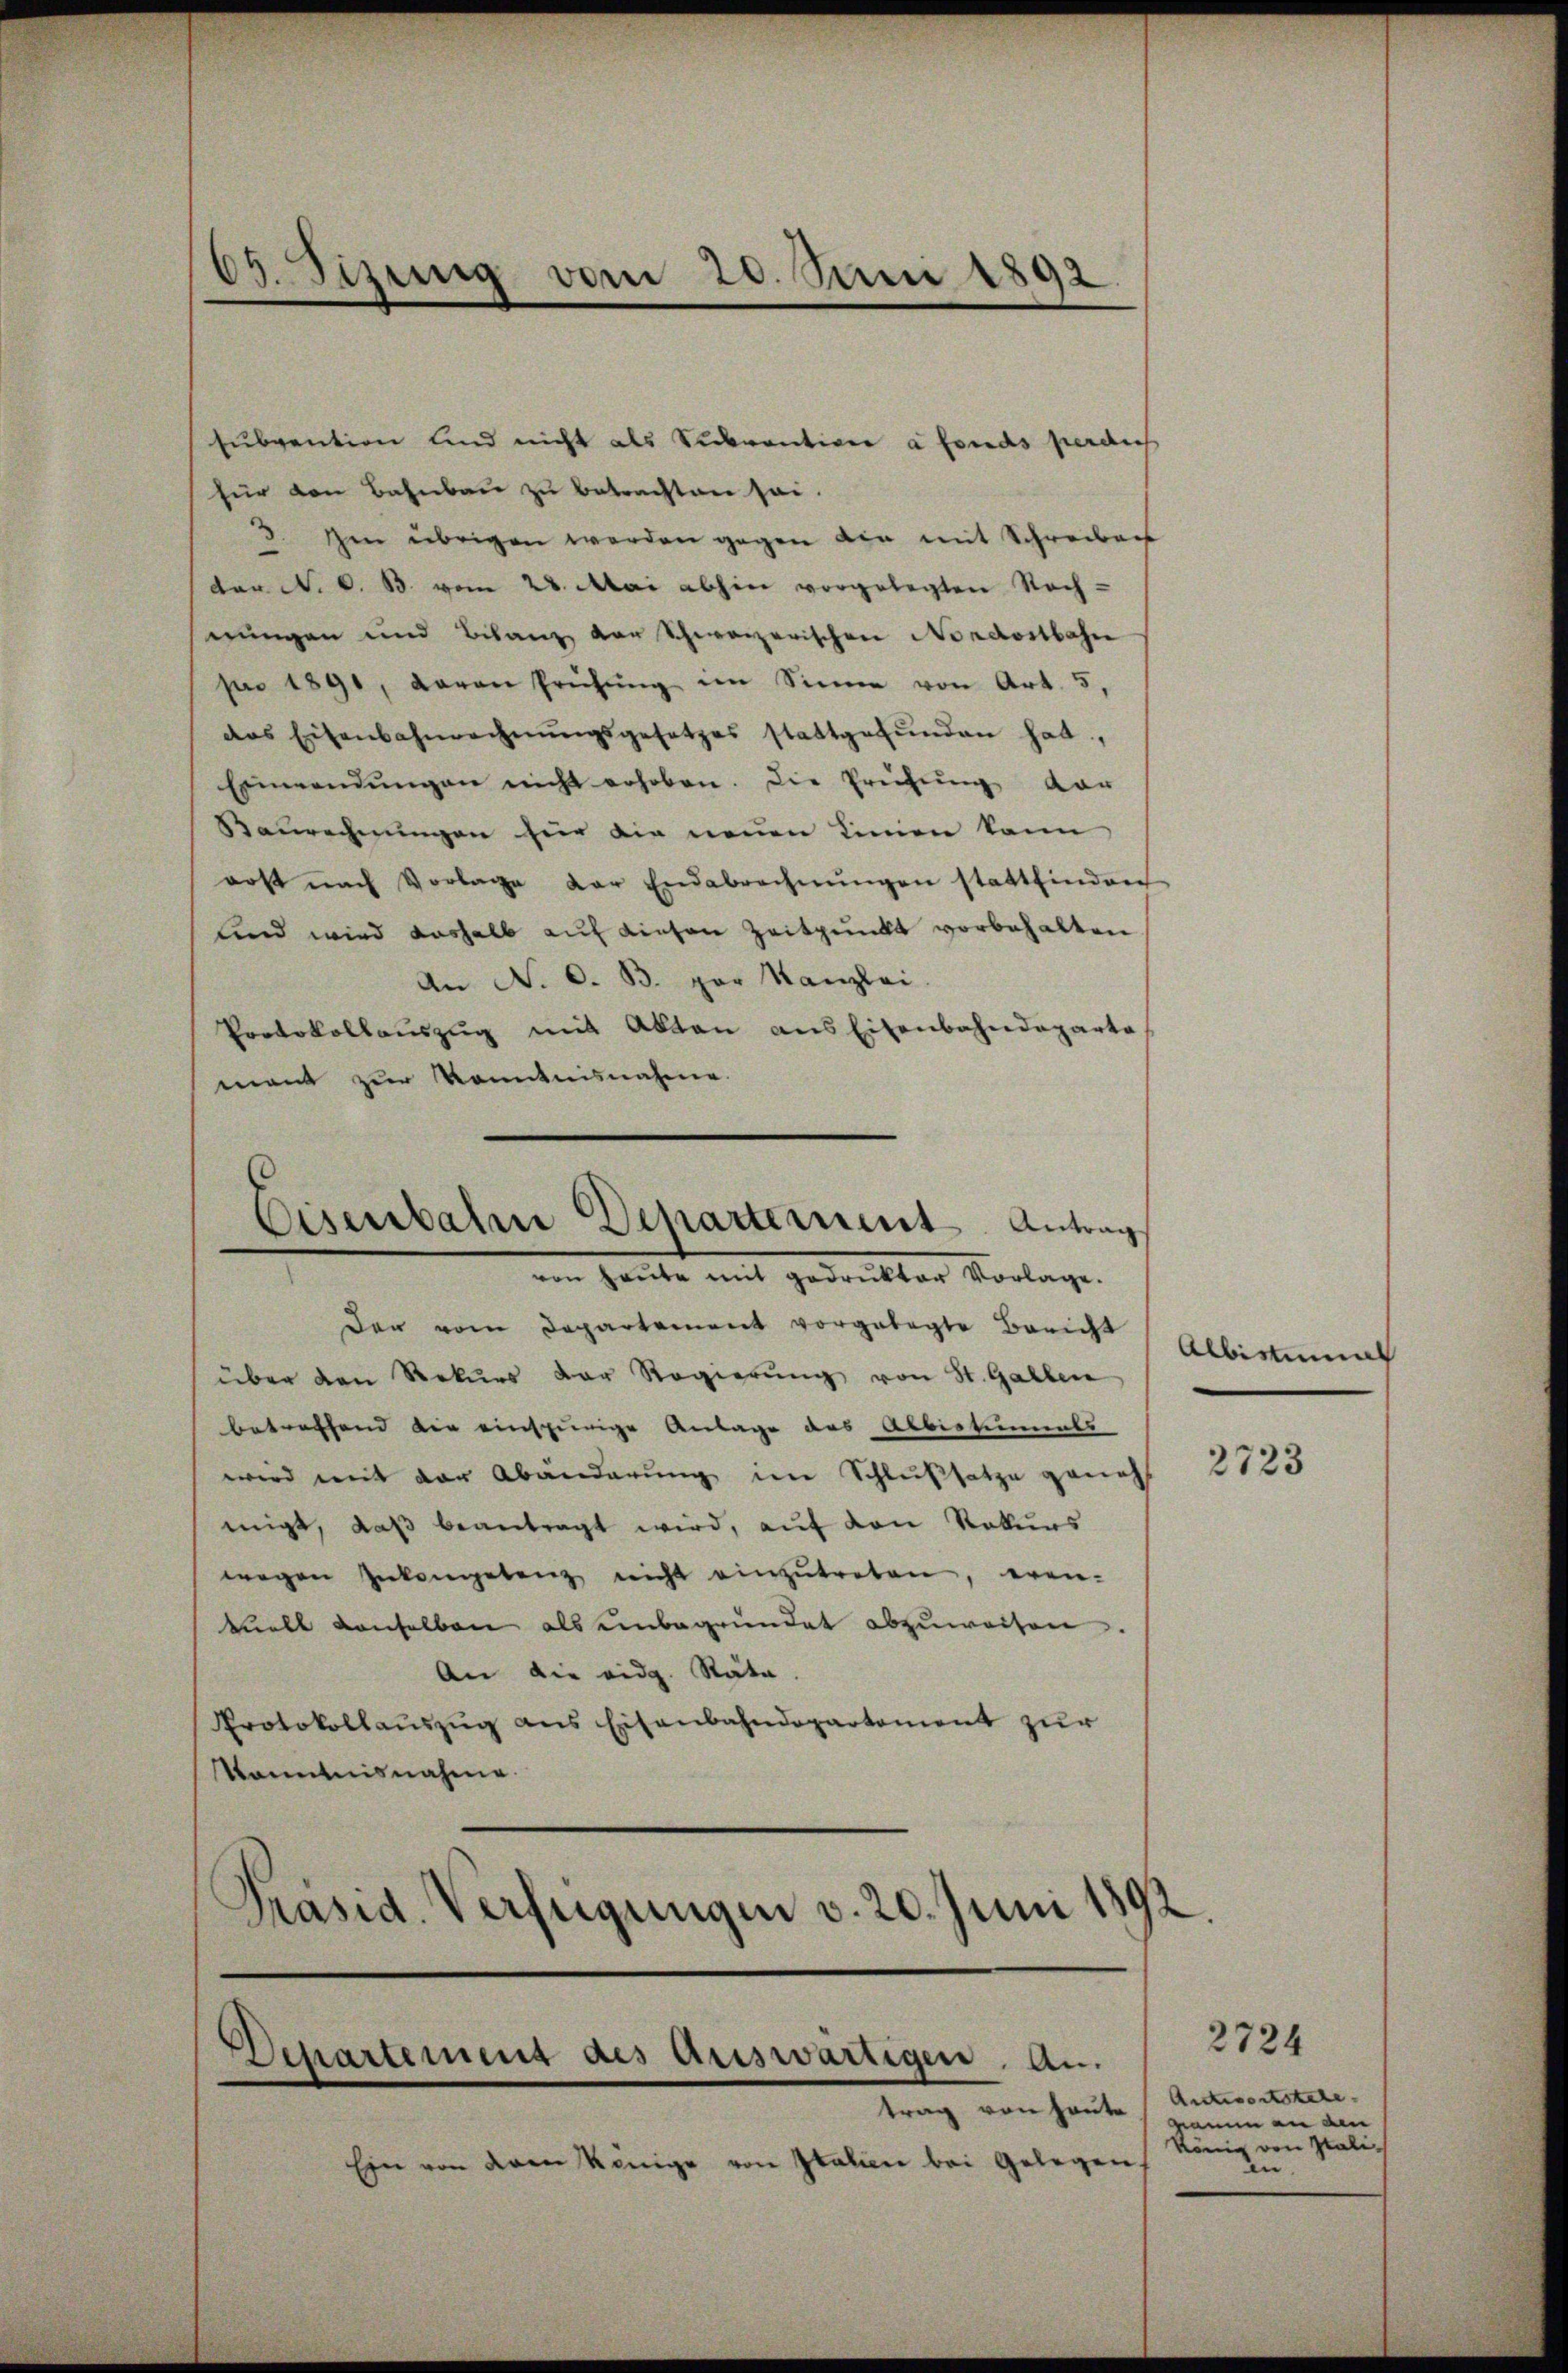
63. Jizung vom 20. Juni 1892

subvention und nicht als Subvention à fonds perdies
für von Bahnbau zu betrachten sei.
3. Im übrigen werden gegen die mit Schreiben
der N. O. B. vom 28. Mai abhin vorgelegten Nach-
nungen und Bilanz vor Schweizerischen Nordostbahre
pro 1890, davon Prüfŭng im Sinne von Art. 5,
das Eisenbahnrechnŭngsgesetzes stattgefŭnden hat,
Einwendungen nicht erhoben. Die Prüfung vor
Baurechnungen für die neuen Linien kann
erst nach Vorlage der Endebrechnŭngen stattfinden
Kind wird deshalb auf diesen Zeitpunkt vorbehalten
An N. O. B. par Kanzlei.
Protokollauszug mit Akten aus Eisenbahndeparte
mant zur Kenntnisnahme.
von heute mit gedrukter Vorlage.
Der vom Departement vorgetagte Bericht
über den Rekurs der Regierŭng von St. Gallen
betreffend die einspurige Anlage des Abbestiments
wird mit der Abänderŭng im Schlußsatze genehl 2123
migt, daß beantragt wird, auf den Rekurs
wegen Inkompetenz nicht einzŭtreten, even-
tuelt denselben als einbegründet abzuweisen.
An die eidg. Rata.
Protokollauszug aus Eisenbahndepartement zur
Kenntnisnahme.
Präsid. Verfügungen v. 20. Juni 1892

Eisenbahn Departement Antrag

Departement als auswärtigen. An-

trag von heute
Ein von deren Könige von Italien bei Gelegen

Albistinat

2724
Antwortstete.
amm an den
Köng von Itali
an